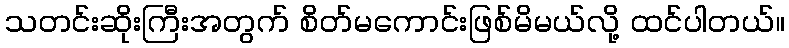
သတင်းဆိုးကြီးအတွက် စိတ်မကောင်းဖြစ်မိမယ်လို့ ထင်ပါတယ်။